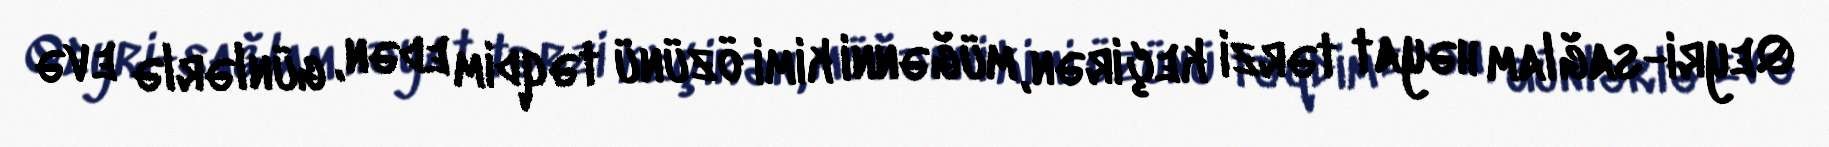
Qeyri-sağlam həyat tərzi keçirən, müğənni kimi özünü təqdim edən, günlərlə evə